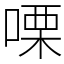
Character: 㗚